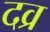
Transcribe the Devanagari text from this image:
दव्र